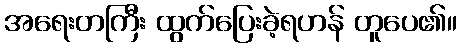
အရေးတကြီး ထွက်ပြေးခဲ့ရဟန် တူပေ၏။